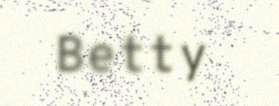
Betty